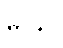
မုဋ္ဌိနာ